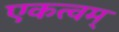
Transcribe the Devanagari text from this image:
एकत्वम्